Scottish Leaving Certificate Examination, 1956
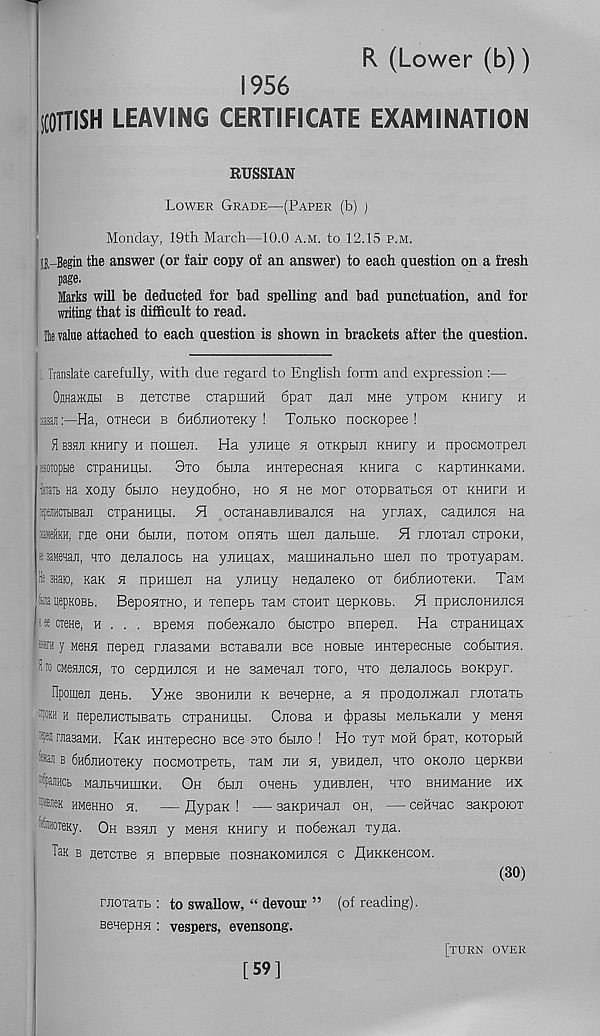
R (Lower (b))
1956
SCOTTISH LEAVING CERTIFICATE EXAMINATION
RUSSIAN
Lower Grade—(Paper (b) j
Monday, I9th March—10.0 a.m. to 12.15 p.m.
il-Begin the answer (or fair copy of an answer) to each question on a fresh
page.
Marks will he deducted for bad spelling and bad punctuation, and for
writing that is difficult to read.
Be value attached to each question is shown in brackets after the question.
! , Translate carefully, with clue regard to English form and expression :—
OjHarKnfei b netcTBe crapm™ 6pax naxt MHe yxpoM KHHry h
bm:—Ha, oraecH b 6H6jiHOxeKy ! Toubko nocnopee !
H B3HJ1 KHHry h noixieji. Ha yiiHire h oxkphji KHHry h npocMoxpeii
Hoiopue cxpaHHUbi. 3xo 6bma HHxepecHaH KHHra c KapxHHKaMH.
tert Ha xony 6bijio HeynobHO, ho h He mop oxopsaxhCH ox khhxh h
lipemcTbiBan cxpaHHHbi. H ocxaHaBJiHBancsr na ynrax, oanHJiCH na
JaneiiKH, rue ohh 6hjih, hoxom onsrxb men nanbme. H rnoxan cxpoKH,
':3aMeHaji, hxo nenanocb Ha ynHirax, MamHHanbHO men no xpoxyapaM.
It 3H3D, kek 5i npHuien Ha ynHiry HenaneKO ox 6H6nHoxeKH. Tan
faiaiiepKOBb. BeponxHO, h xenepb xaM cxohx uepKOBb. H npHcnoHHncsr
tte creHe, h . . . Bpeiym nodencano dbicxpo enepen. Ha cxpaHHirax
ara y Menn nepen rnasaMH BCxaeanH see HOBbie HHxepecnbie co6bixH5T.
^iocMeflJicn, xo cepnHncii h He saMenan xoro, hxo nenanocb BOKpyr.
Hpornen neHb. Ynce BBOHHnn k BenepHe, a 5i npo nonman rnoxaxb
“[«h h nepenHcxbisaxb cxpaHHHbi. Cnosa h (fjpasbi MenbKanH y Menn
‘W rnasaMH. Kax HHxepecHO Bee oxo 6bino ! Ho xyx moh 6pax, Koxopbin
aaji b 6H6nHoxeKy nocMOxpexb, xaM nn a, yBHnen, hxo oxono uepKBH
®ipaJiHCb> ManbHHmKH. Oh 6bin oneHb ynHEnen, hxo BHHMaHHe hx
lasneK HMeHHo n. — flypaK ! — sanpHnan oh, — cefiiHac saxpoiox
®®0TeKy. Oh Bsnn y Menn KHHry h nodeman xyna.
Tan b nexcxBe 5i BnepBbie nosHaKOMHncn c flHKKeHCOM.
(30)
rnoxaxb : to swallow, “ devour ” (of reading).
BenepHn ; vespers, evensong.
[59]
[XURN OVER